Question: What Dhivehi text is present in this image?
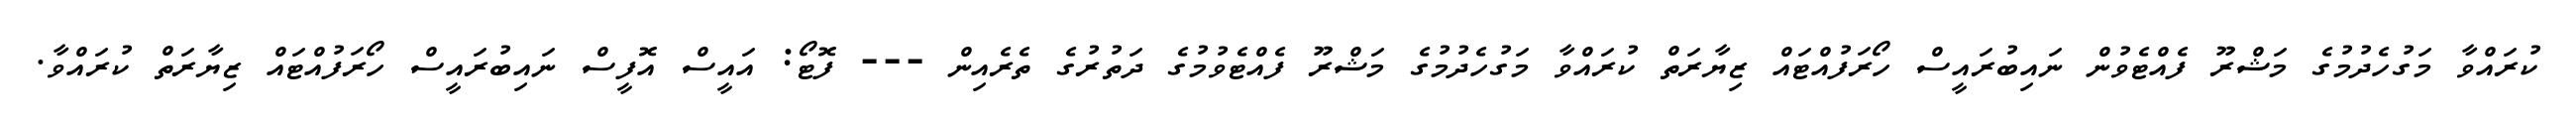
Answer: ކުރައްވާ މަގުހެދުމުގެ މަޝްރޫ ފެއްޓެވުން ނައިބުރައީސް ހޯރަފުއްޓައް ޒިޔާރަތް ކުރައްވާ މަގުހެދުމުގެ މަޝްރޫ ފެއްޓެވުމުގެ ދަތުރުގެ ތެރެއިން --- ފޮޓޯ: އައީސް އޮފީސް ނައިބުރައީސް ހޯރަފުއްޓައް ޒިޔާރަތް ކުރައްވާ.